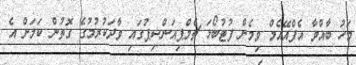
މަހު ބާއްވާ އެފްއޭއެމް ވިމެން ފުޓުބޯޅަ ޗެމްޕިއަންޝިޕުގައި ވާދަކުރުމުގެ ގޮތުން ކަމަށް އެ